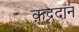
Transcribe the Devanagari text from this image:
क़द्रदान